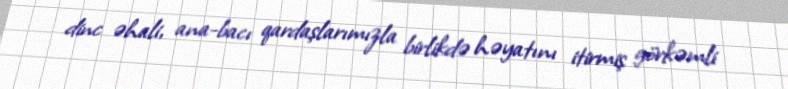
dinc əhali, ana-bacı qardaşlarımızla birlikdə həyatını itirmiş görkəmli